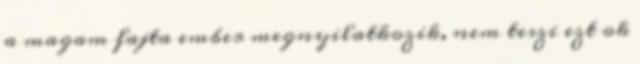
a magam fajta ember megnyilatkozik, nem teszi ezt ok